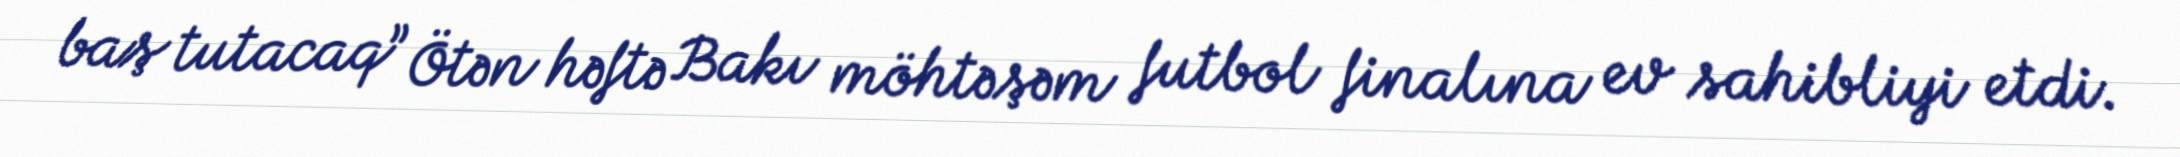
baş tutacaq” Ötən həftə Bakı möhtəşəm futbol finalına ev sahibliyi etdi.